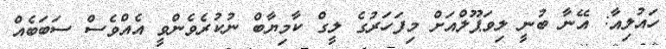
ހައުލިއާ: އޭނާ ބުނީ ލިވަޕޫލްއަށް މިފަހަރުގެ ލީގް ކާމިޔާބް ނުކުރެވެންވީ އެއްވެސް ސަބަބެއް